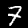
Digit: 7